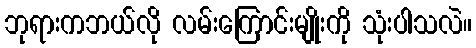
ဘုရားကဘယ်လို လမ်းကြောင်းမျိုးကို သုံးပါသလဲ။